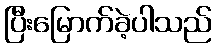
ပြီးမြောက်ခဲ့ပါသည်